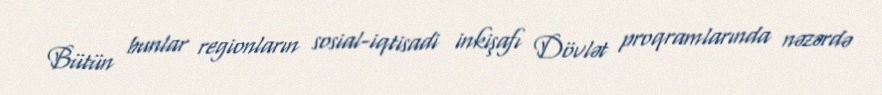
Bütün bunlar regionların sosial-iqtisadi inkişafı Dövlət proqramlarında nəzərdə